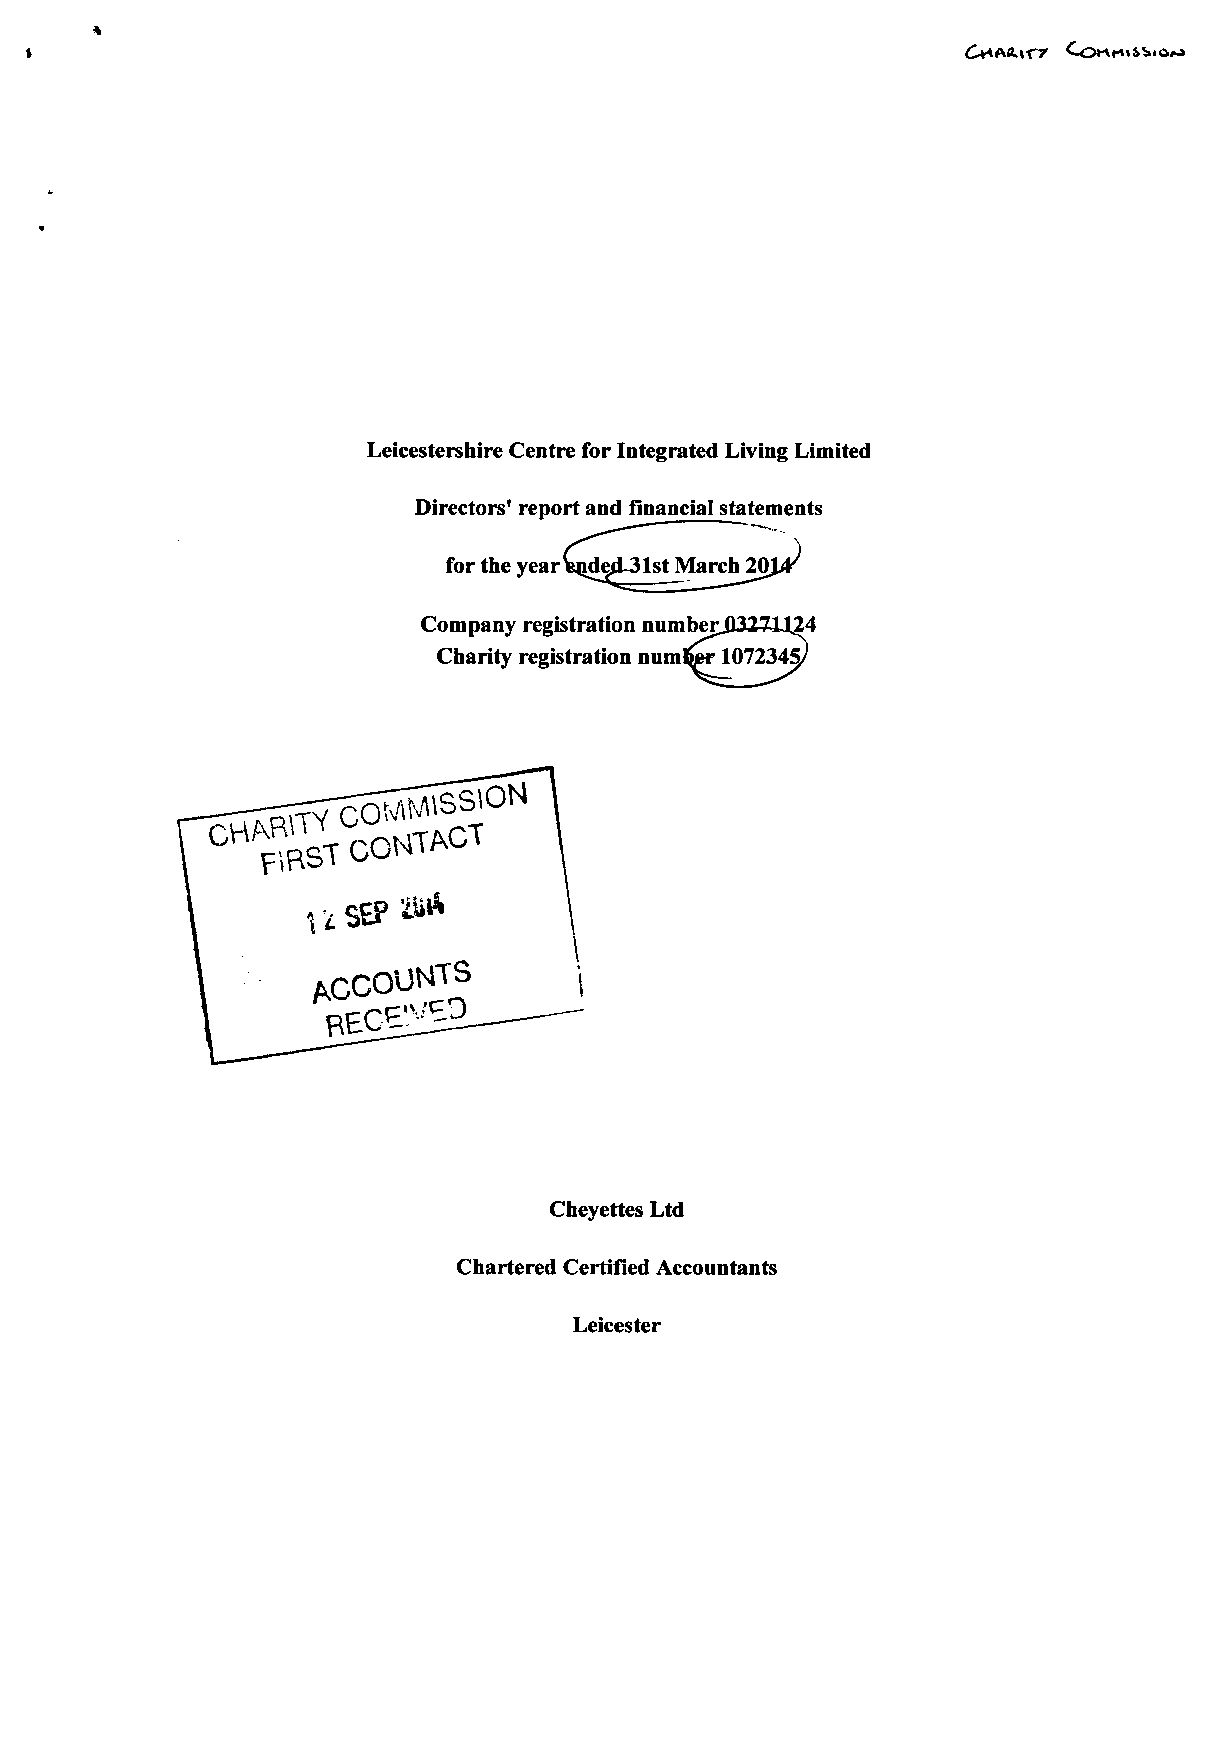
t
 Leicestershire Centre for Integrated Living Limited
 Directors' report and financial statements
 Cheyettes Ltd
 Chartered Certified Accountants
 Leicester